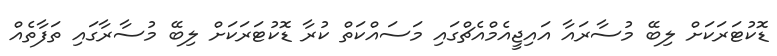
ޑޮކުޓަރަކަށް ލިބޭ މުސާރައާ އައިޖީއެމްއެޗްގައި މަސައްކަތް ކުރާ ޑޮކުޓަރަކަށް ލިބޭ މުސާރާގައި ތަފާތެއް